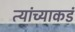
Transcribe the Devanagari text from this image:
त्यांच्याकडं